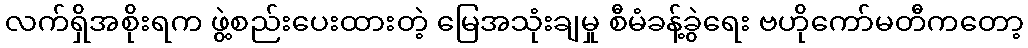
လက်ရှိအစိုးရက ဖွဲ့စည်းပေးထားတဲ့ မြေအသုံးချမှု စီမံခန့်ခွဲရေး ဗဟိုကော်မတီကတော့